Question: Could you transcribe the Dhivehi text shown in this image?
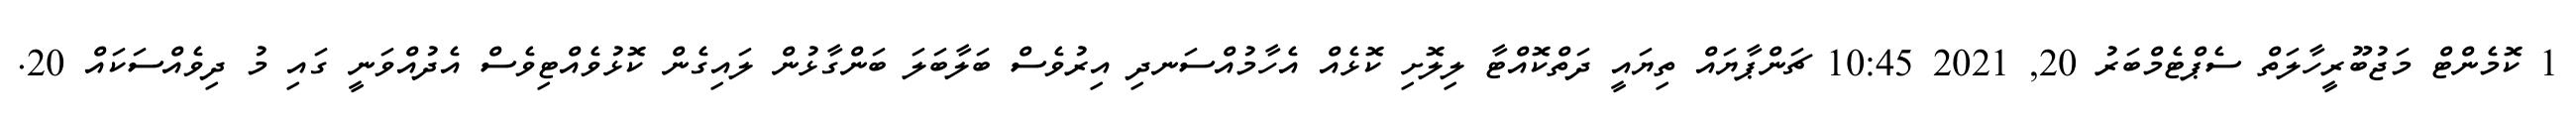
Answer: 1 ކޮމެންޓް މަޖުބޫރީހާލަތް ސެޕްޓެމްބަރު 20, 2021 10:45 ޗަންޕާޔައް ތިޔައީ ދަތްކޮއްޓާ ލިލޮށި ކޮޅެއް އެހާމުއްސަނދި އިރުވެސް ބަލާބަލަ ބަންގާޅުން ލައިގެން ކޮޅުވެއްޓިވެސް އެދުއްވަނީ ގައި މު ދިވެއްސަކައް 20.